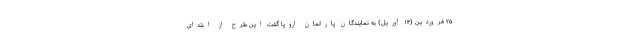
۲۵ فروردین (۱۴ آوریل) به نمایندگان پارلمان اروپا گفت این طرح از ابتدای